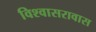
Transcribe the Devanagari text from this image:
विश्वासरावास